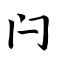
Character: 闩